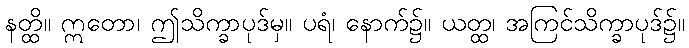
နတ္ထိ။ ဣတော၊ ဤသိက္ခာပုဒ်မှ။ ပရံ၊ နောက်၌။ ယတ္ထ၊ အကြင်သိက္ခာပုဒ်၌။